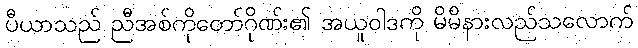
ပီယာသည် ညီအစ်ကိုတော်ဂိုဏ်း၏ အယူဝါဒကို မိမိနားလည်သလောက်